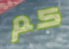
كم